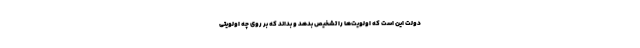
دولت این است که اولویت‌ها را تشخیص بدهد و بداند که بر روی چه اولویتی